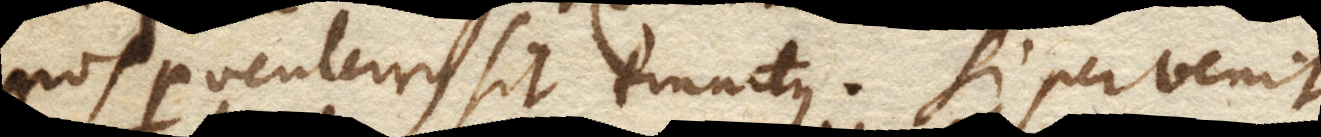
nos perventurus sit tinnitus. Si pervenit